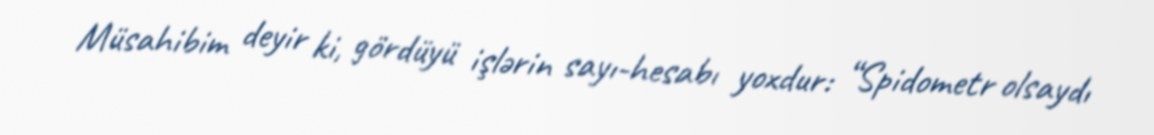
Müsahibim deyir ki, gördüyü işlərin sayı-hesabı yoxdur: “Spidometr olsaydı